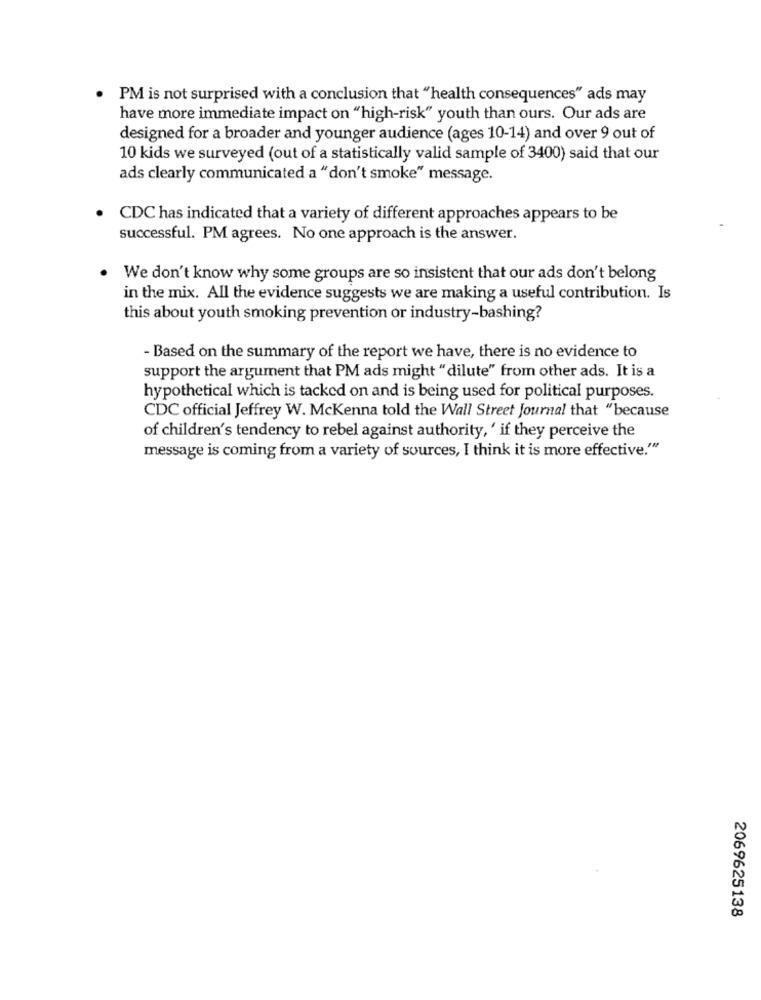
PM is not surprised with a conclusion that "health consequences" ads may
have more immediate impact on "high-risk" youth than ours. Our ads are
designed for a broader and younger audience (ages 10-14) and over 9 out of
10 kids we surveyed (out of a statistically valid sample of 3400) said that our
ads clearly communicated a "don't smoke" message.
CDC has indicated that a variety of different approaches appears to be
successful. PM agrees. No one approach is the answer.
. We don't know why some groups are so insistent that our ads don't belong
in the mix. All the evidence suggests we are making a useful contribution. Is
this about youth smoking prevention or industry-bashing?
- Based on the summary of the report we have, there is no evidence to
support the argument that PM ads might " dilute" from other ads. It is a
hypothetical which is tacked on and is being used for political purposes.
CDC official Jeffrey W. McKenna told the Wall Street Journal that "because
of children's tendency to rebel against authority, ' if they perceive the
message is coming from a variety of sources, I think it is more effective."
2069625138